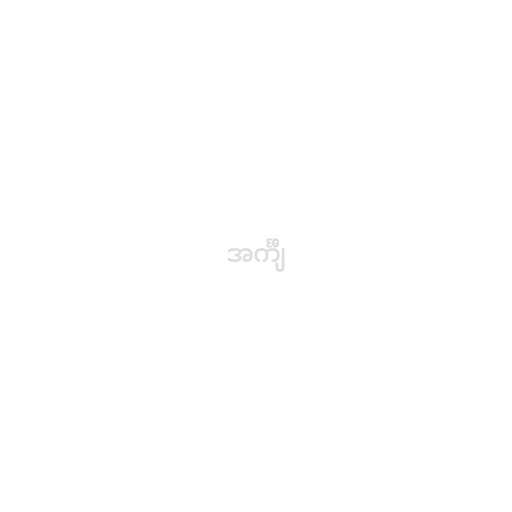
အင်္ကျီ